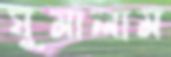
ঘুমালাম